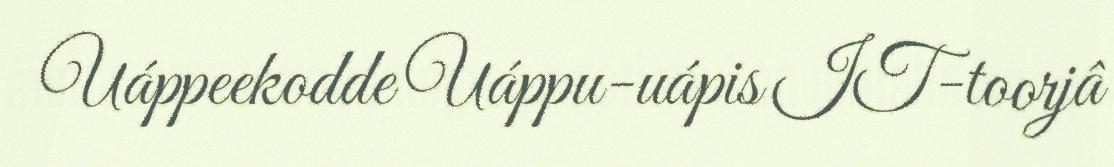
Uáppeekodde Uáppu-uápis IT-toorjâ